Lunatic asylums in Bengal annual reports 1912-1924 - 1912-1924
Year: 1912
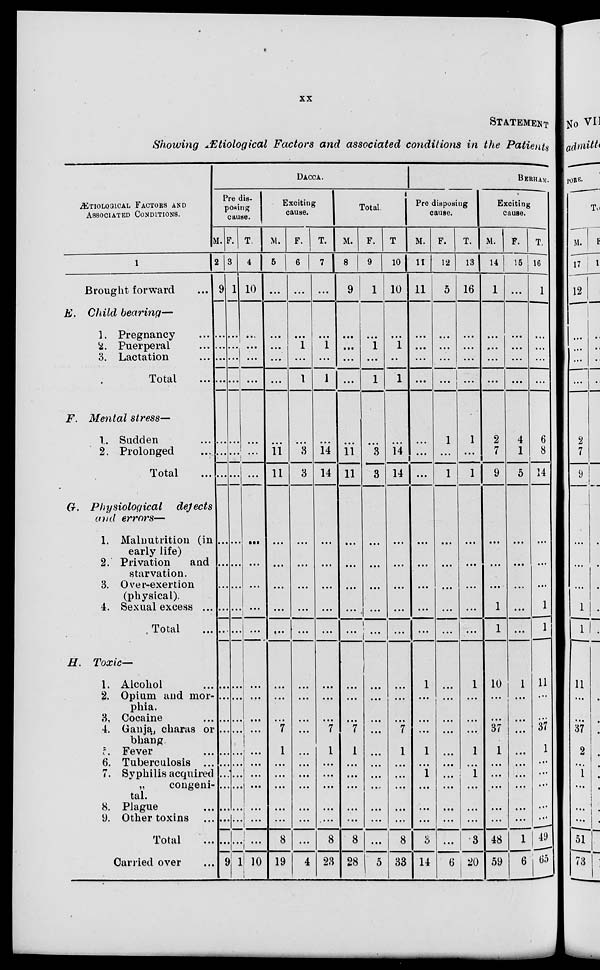
xx
STATEMENT
Showing Ætiological Factors and associated conditions in the Patients
ÆTIOLOGICAL FACTORS AND
ASSOCIATED CONDITIONS.
1
Brought forward ...
E. Child bearing—
1. Pregnancy ...
2. Puerperal ...
3. Lactation ...
Total ...
F. Mental stress—
1. Sudden ...
2. Prolonged ...
Total ...
G. Physiological
dejects
and errors—
1. Malnutrition (in
early life)
2. Privation
and
starvation.
3. Over-exertion
(physical).
4. Sexual excess ...
Total ...
H.
Toxic—
1. Alcohol ...
2. Opium and mor-
phia.
3. Cocaine ...
4. Ganja, charas or
bhang.
5. Fever ...
6. Tuberculosis ...
7. Syphilis acquired
„
congeni-
tal.
8. Plague ...
9. Other toxins ...
Total ...
Carried over ...
DACCA.
Pre dis-
posing
cause.
M.
2
9
...
...
...
...
...
...
...
...
...
...
...
...
...
...
...
...
...
...
...
...
...
...
...
9
F.
3
1
...
...
...
...
...
...
...
...
...
...
...
...
...
...
...
...
...
...
...
...
...
...
...
1
T.
4
10
...
...
...
...
...
...
...
...
...
...
...
...
...
...
...
...
...
...
...
...
...
...
..
10
Exciting
cause.
M.
5
...
...
...
...
...
...
11
11
...
...
...
...
...
...
...
...
7
1
...
...
...
...
...
8
19
F.
6
...
...
1
...
1
...
3
3
...
...
...
...
...
...
...
...
...
...
...
...
...
...
...
...
4
T.
7
...
...
1
...
1
...
14
14
...
...
...
...
...
...
...
...
7
1
...
...
...
...
...
8
23
Total.
M.
8
9
...
...
...
...
...
11
11
...
...
...
...
...
...
...
...
7
1
...
...
...
...
...
8
28
F.
9
1
...
1
...
1
...
3
3
...
...
...
...
...
...
...
...
...
...
...
...
...
...
...
...
5
T.
10
10
...
1
...
1
...
14
14
...
...
...
...
...
...
...
...
7
1
...
...
...
...
...
8
33
BERHAMPORE
Pre disposing
cause.
M.
11
11
...
...
...
...
...
...
...
...
...
...
...
...
1
...
...
...
1
...
1
...
...
...
3
14
F.
12
5
...
...
...
...
1
...
1
...
...
...
...
...
...
...
...
...
...
...
...
...
...
...
...
6
T.
13
16
...
...
...
...
1
...
1
...
...
...
...
...
1
...
...
...
1
...
1
...
...
...
3
20
Exciting
cause.
M.
14
1
...
...
...
...
2
7
9
...
...
...
1
1
10
...
...
37
1
...
...
...
...
...
48
59
F.
15
...
...
...
...
...
4
1
5
...
...
...
...
...
1
...
...
...
...
...
...
...
...
...
1
6
T.
16
1
...
...
...
...
6
8
14
...
...
...
1
1
11
...
...
37
1
...
...
...
...
...
49
65